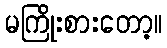
မကြိုးစားတော့။